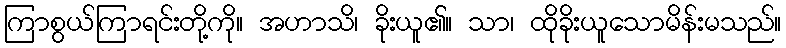
ကြာစွယ်ကြာရင်းတို့ကို။ အဟာသိ၊ ခိုးယူ၏။ သာ၊ ထိုခိုးယူသောမိန်းမသည်။